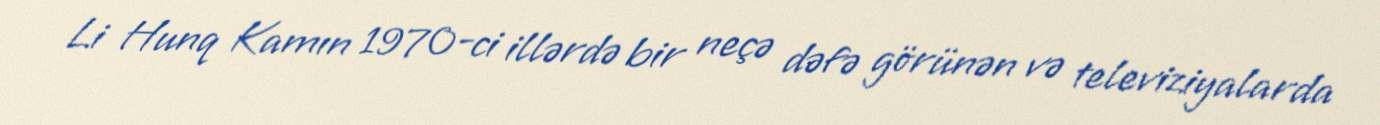
Li Hunq Kamın 1970-ci illərdə bir neçə dəfə görünən və televiziyalarda